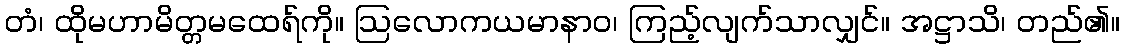
တံ၊ ထိုမဟာမိတ္တမထေရ်ကို။ ဩလောကယမာနာဝ၊ ကြည့်လျက်သာလျှင်။ အဋ္ဌာသိ၊ တည်၏။